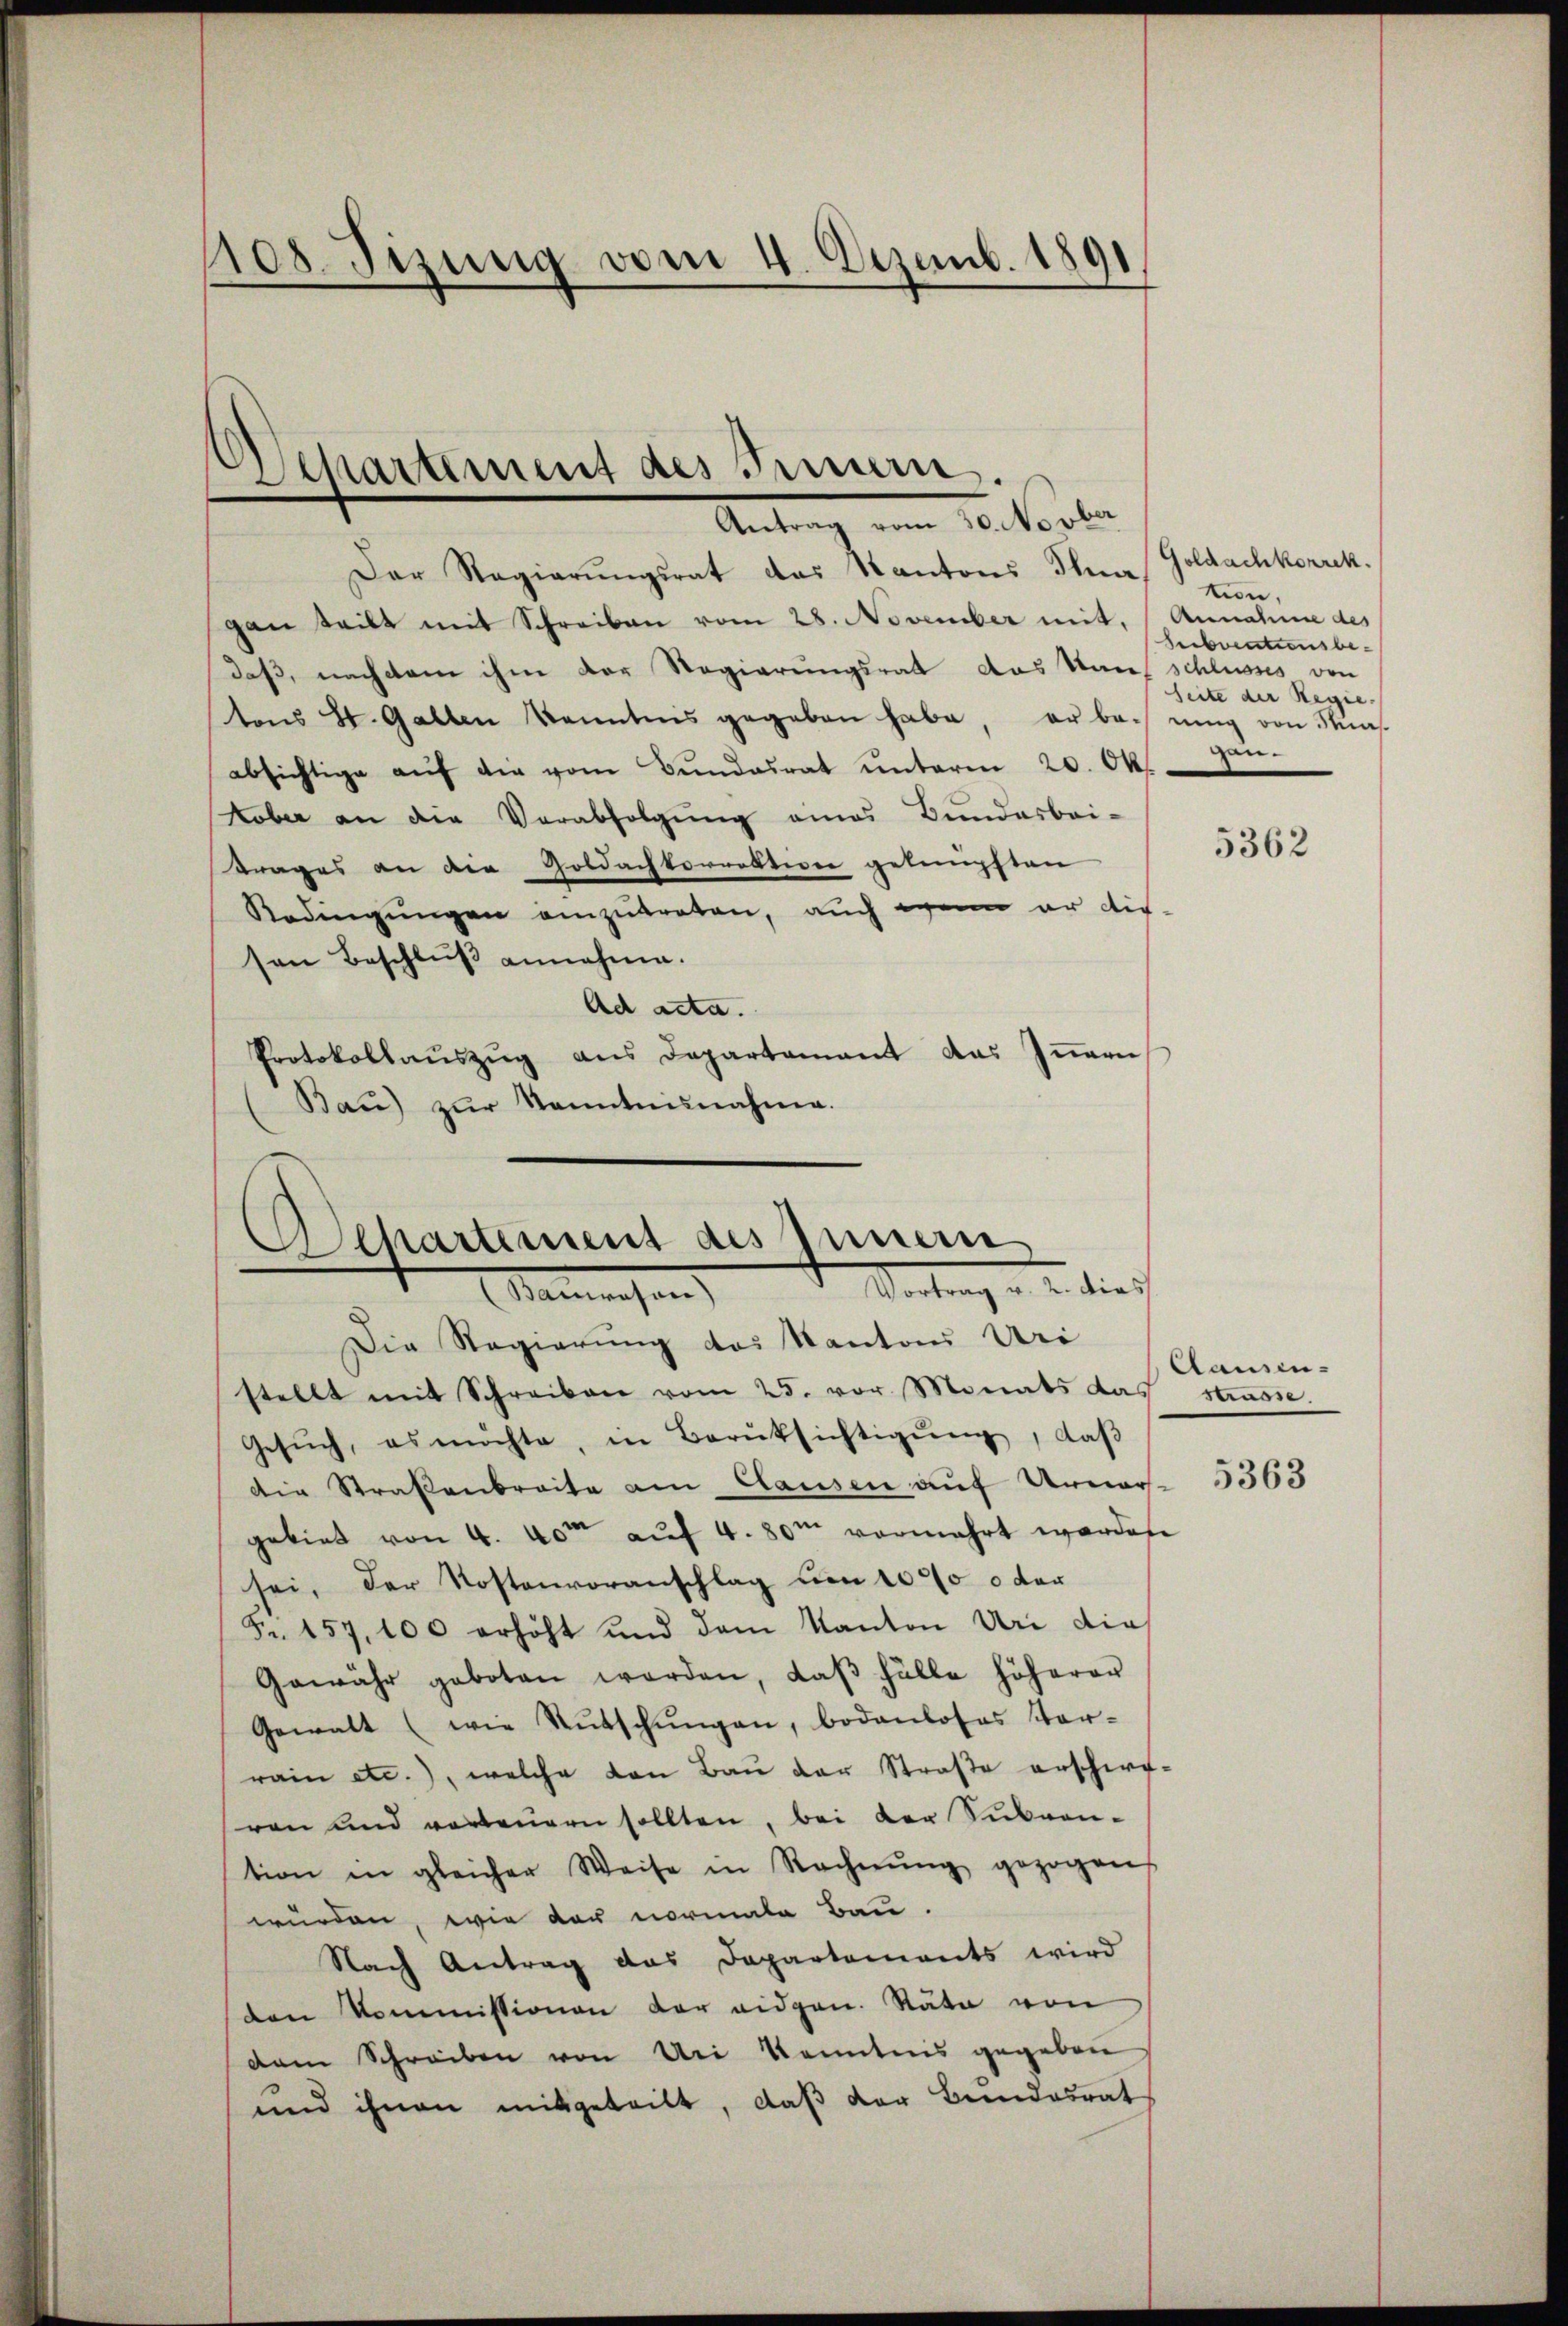
pos. Tizung vom 4. Dezemb. 1891

Departement des Innern.
Antrag vom 30. Novber

Der Regierŭngsrat das Kantons Thea Goldachkorrek
gan teilt mit Schreiben vom 28. November mit, Annahme des
daß, nachdem ihm der Regierungsrat das Sausschlusses von
tons St. Gallen Kenntnis gegeben habe, er bairing von Knas-
absichtige aŭf die vom Bundesrat unterm 20. Okt.
Kober an die Verabfolgung eines Bundesbei-
trages an die Goldachkorrektion gelimpften
Redingungen einzutreten, auch wenn er die
sen Beschlŭβ annehme.
Ad acta.
Protokollauszug aus Departament das Innern
Bau) zŭr Kenntnisnahme.
Die Regierung des Kanton Uri
stellt mit Schreiben vom 25. vor. Monats das Strasse.
Gesŭch, es möchte, in Berüksichtigŭng, daβ
Die Straßenbreite am Clausen auf Urner- 3563
gebiet von 4. vom auf 4. 80m vermehrt worden
sei, der Kostenvoranschlag um 1000 oder
Fr. 457, 100 erhöht und dem Kanton Uri die
Gewähr geboten werden, daβ fälle höherer
Gewalt (wie Rutschŭngen, bodenloses Ver-
rain etc.), welche von Bau der Straße erschirf-
ren und verbeugen sollten, bei der Subvention in gleicher Weise in Rechnŭng gezogen
wurden, wie der normale Bau-
Nach Antrag das Departements wird
den Kommissionen der eidgen. Räte von
dam Schreiben von Uri Kenntnis gegeben
und ihnen mitgeteilt, daß der Bundesrat

Departement des Innern
Vertrag v. u. dies
Manesen

tion,
Subventionsbe¬
Seite der Regiegen.

Clausen-

5362